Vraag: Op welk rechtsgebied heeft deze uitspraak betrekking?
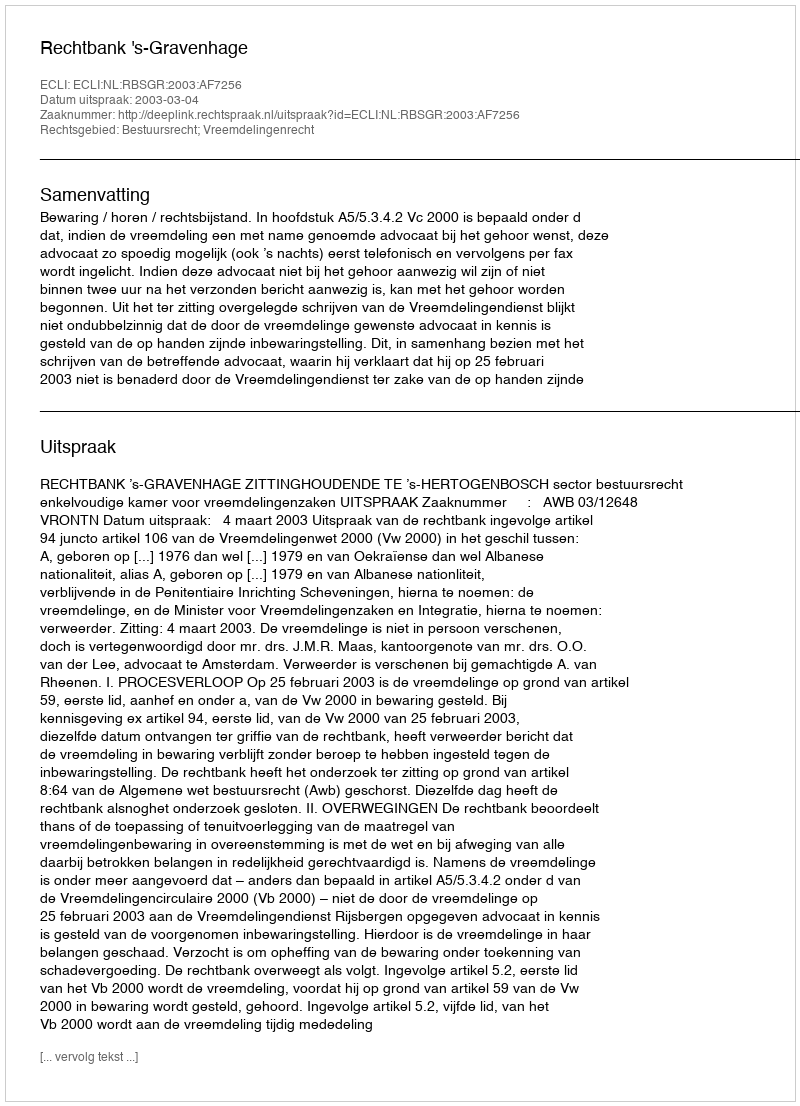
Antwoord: Bestuursrecht; Vreemdelingenrecht